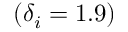
( \delta _ { i } = 1 . 9 )